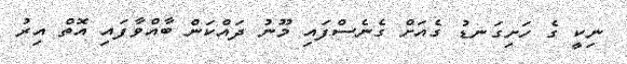
ނިކީ ގެ ހަށިގަނޑު ގެއަށް ގެނެސްފައި މޫނު ދައްކަން ބާއްވާފައި އޮތް އިރު